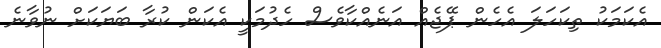
އެކަމަކު ތިކަހަލަ އެހެން ޕޭޖެއް އަނެއްކާވެސް ހެދުމަކީ އެކަން ކުރާ ބަޔަކަށް ނުވާނެ